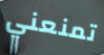
تمنعني